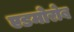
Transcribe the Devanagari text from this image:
एडमोरोब